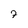
Character: 7